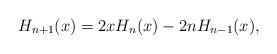
LaTeX: \begin{align*}H_{n+1}(x)=2xH_n(x)-2nH_{n-1}(x),\end{align*}